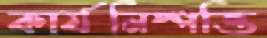
কার্যনিষ্পত্তি